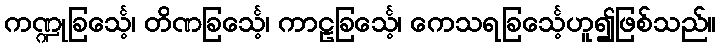
ကဏ္ဍုခြင်္သေ့၊ တိဏခြင်္သေ့၊ ကာဠခြင်္သေ့၊ ကေသရခြင်္သေ့ဟူ၍ဖြစ်သည်။